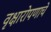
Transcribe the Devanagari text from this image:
वृक्षारोपणाचे